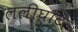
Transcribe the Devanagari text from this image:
ललीघाट